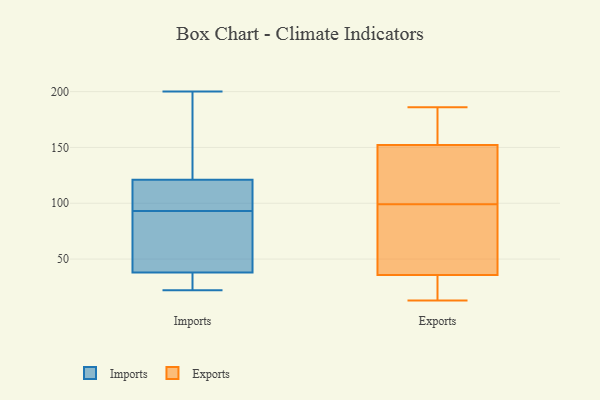
{"axis": {"x": "Latency (ms)", "y": "Value"}, "legend": ["Exports", "Imports"], "data": [{"x": "", "y": 142, "type": "Imports"}, {"x": "", "y": 33, "type": "Imports"}, {"x": "", "y": 99, "type": "Imports"}, {"x": "", "y": 93, "type": "Imports"}, {"x": "", "y": 38, "type": "Imports"}, {"x": "", "y": 179, "type": "Imports"}, {"x": "", "y": 22, "type": "Imports"}, {"x": "", "y": 102, "type": "Imports"}, {"x": "", "y": 52, "type": "Imports"}, {"x": "", "y": 93, "type": "Imports"}, {"x": "", "y": 121, "type": "Imports"}, {"x": "", "y": 69, "type": "Imports"}, {"x": "", "y": 183, "type": "Imports"}, {"x": "", "y": 71, "type": "Imports"}, {"x": "", "y": 29, "type": "Imports"}, {"x": "", "y": 112, "type": "Imports"}, {"x": "", "y": 35, "type": "Imports"}, {"x": "", "y": 200, "type": "Imports"}, {"x": "", "y": 33, "type": "Exports"}, {"x": "", "y": 99, "type": "Exports"}, {"x": "", "y": 44, "type": "Exports"}, {"x": "", "y": 17, "type": "Exports"}, {"x": "", "y": 13, "type": "Exports"}, {"x": "", "y": 150, "type": "Exports"}, {"x": "", "y": 153, "type": "Exports"}, {"x": "", "y": 87, "type": "Exports"}, {"x": "", "y": 186, "type": "Exports"}, {"x": "", "y": 99, "type": "Exports"}, {"x": "", "y": 165, "type": "Exports"}]}